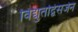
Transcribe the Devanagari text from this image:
विद्युतद्विसर्जन